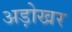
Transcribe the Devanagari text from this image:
अड़ोखर